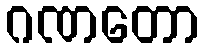
ဂဏတော